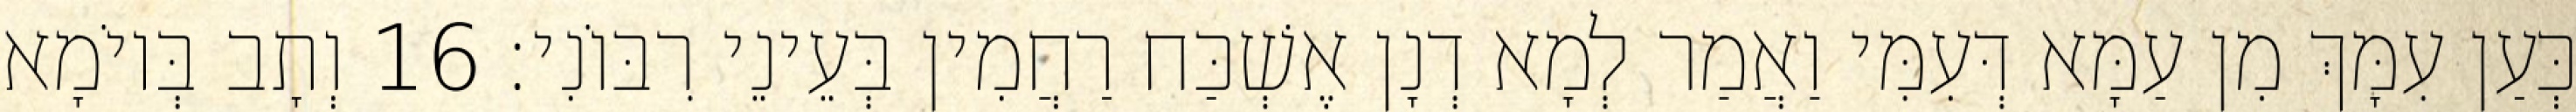
כְּעַן עִמָּךְ מִן עַמָּא דְּעִמִּי וַאֲמַר לְמָא דְנָן אֶשְׁכַּח רַחֲמִין בְּעֵינֵי רִבּוֹנִי׃ 16 וְתָב בְּיוֹמָא